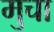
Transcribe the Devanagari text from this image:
मुचा